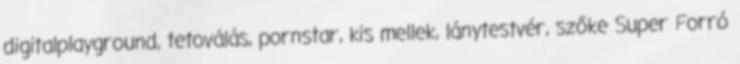
digitalplayground, tetoválás, pornstar, kis mellek, lánytestvér, szőke Super Forró